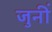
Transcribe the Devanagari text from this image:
जुनीं